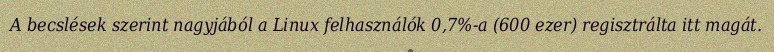
A becslések szerint nagyjából a Linux felhasználók 0,7%-a (600 ezer) regisztrálta itt magát.